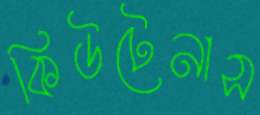
কিউটেনাস